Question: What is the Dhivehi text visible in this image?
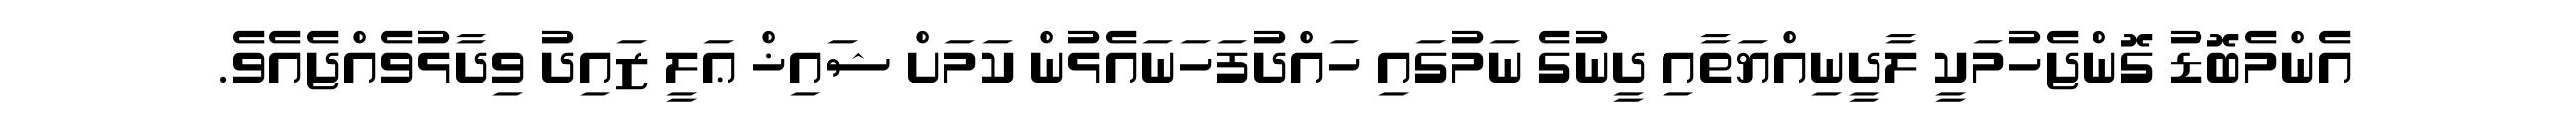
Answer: އެންމެބޮޑު ގޮންޖެހުމަކީ ލާދީނިއްޔަތާއި ދީނުގެ ނަމުގައި ހައްދުފަހަނައެޅުން ކަމަށް ޝައިޚް ޢަލީ ޒައިދު ވިދާޅުވެއްޖެއެވެ.